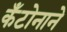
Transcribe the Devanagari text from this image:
कँटोनाने